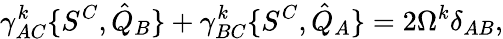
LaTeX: \gamma_{AC}^{k}\{ S^{C},{\hat{Q}}_{B}\} +\gamma_{BC}^{k}\{ S^{C},{\hat{Q}}_{A}\} =2\Omega^{k}\delta_{AB},